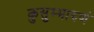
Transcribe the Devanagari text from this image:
कुसुम्भारुणं